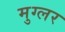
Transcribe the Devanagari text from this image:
मुग्लर